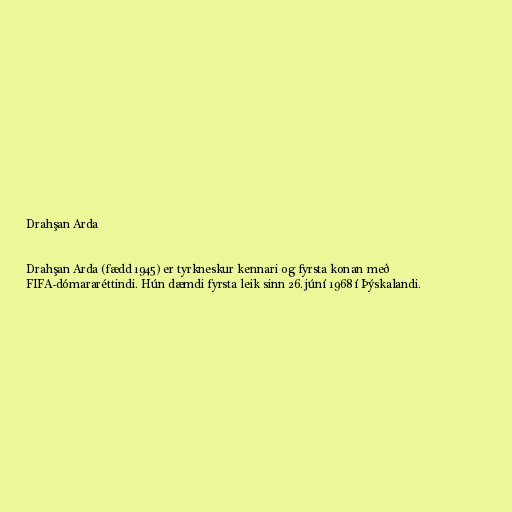
Drahşan Arda

Drahşan Arda (fædd 1945) er tyrkneskur kennari og fyrsta konan með
FIFA-dómararéttindi. Hún dæmdi fyrsta leik sinn 26. júní 1968 í Þýskalandi.